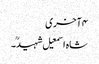
۴ آخری
شاہ اسمعیل شہیدؒ۔